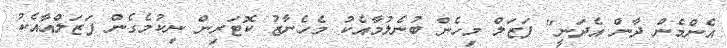
އެންމެން ދާން އެދަނީ" ފަޒަލް މިހެން ބުނެލުމާއެކު މެހެނާޒު ކޮޓަރިން ނިކުމެގެން ފަޒަލްއާއެކު